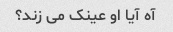
آه آیا او عینک می زند؟